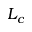
L _ { c }